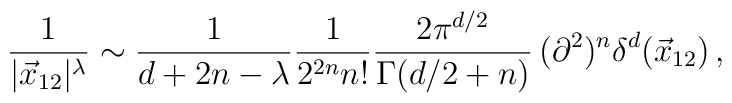
\frac{1}{|\vec{x}_{12}|^{\lambda}} \sim \frac{1}{d + 2n -  \lambda}\frac{1}{2^{2n} n! } \frac{2 \pi^{d/2}}{\Gamma(d/2+n)} \,  (\partial^2)^n\delta^d (\vec{x}_{12}) \, ,